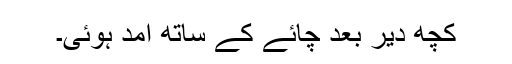
کچھ دیر بعد چائے کے ساتھ آمد ہوئی۔